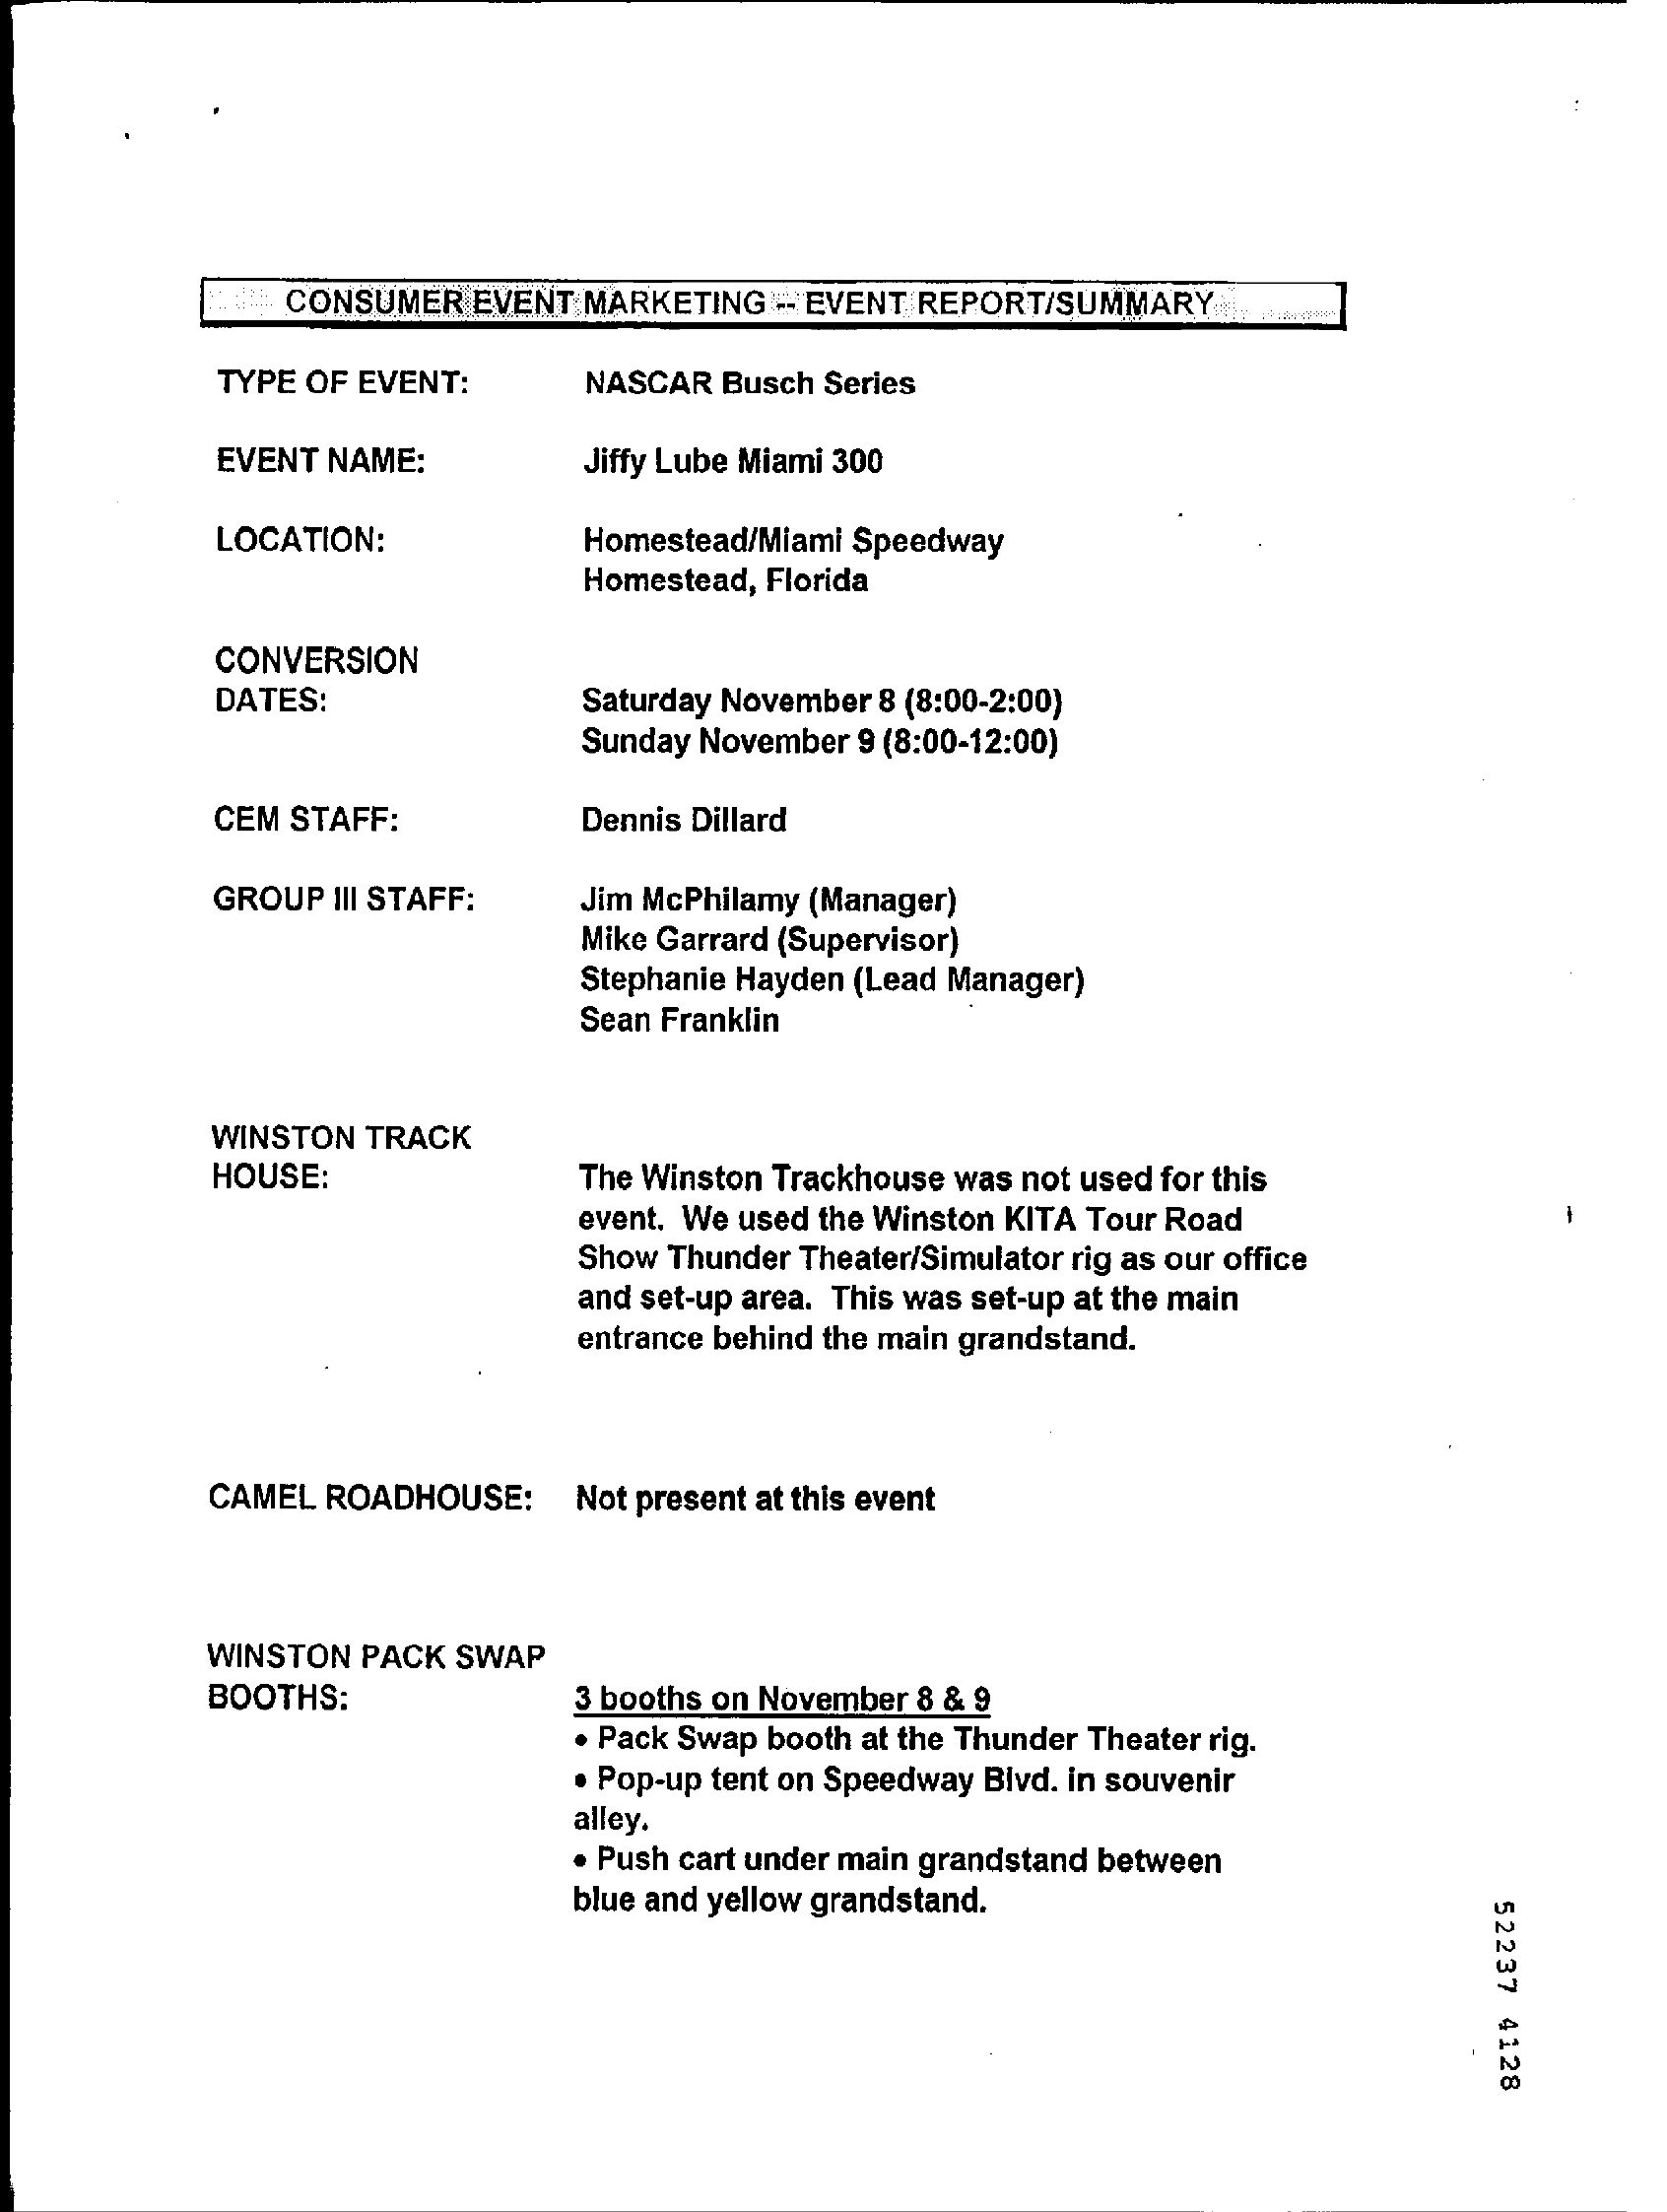
CONSUMER EVENT MARKETING -- EVENT REPORT/SUMMARY
     TYPE OF EVENT: NASCAR Busch Series
     EVENT NAME:    Jiffy Lube Miami 300
     LOCATION:    Homestead/Miami Speedway
     Homestead, Florida
     CONVERSION
     DATES:    Saturday November 8 (8:00-2:00)
     Sunday November 9 (8:00-12:00)
     CEM STAFF:    Dennis Dillard
     GROUP III STAFF: Jim McPhilamy (Manager)
     Mike Garrard (Supervisor)
     Stephanie Hayden (Lead Manager)
     Sean Franklin
     WINSTON TRACK
     HOUSE:    The Winston Trackhouse was not used for this
     event. We used the Winston KITA Tour Road
     Show Thunder Theater/Simulator rig as our office
     and set-up area. This was set-up at the main
     entrance behind the main grandstand.
     CAMEL ROADHOUSE: Not present at this event
     WINSTON PACK SWAP
     BOOTHS:    3 booths on November 8 & 9
     . Pack Swap booth at the Thunder Theater rig.
     · Pop-up tent on Speedway Blvd. in souvenir
     alley.
     . Push cart under main grandstand between
     blue and yellow grandstand.
     52237
     4128